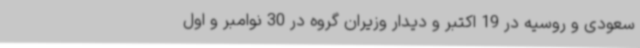
سعودی و روسیه در 19 اکتبر و دیدار وزیران گروه در 30 نوامبر و اول